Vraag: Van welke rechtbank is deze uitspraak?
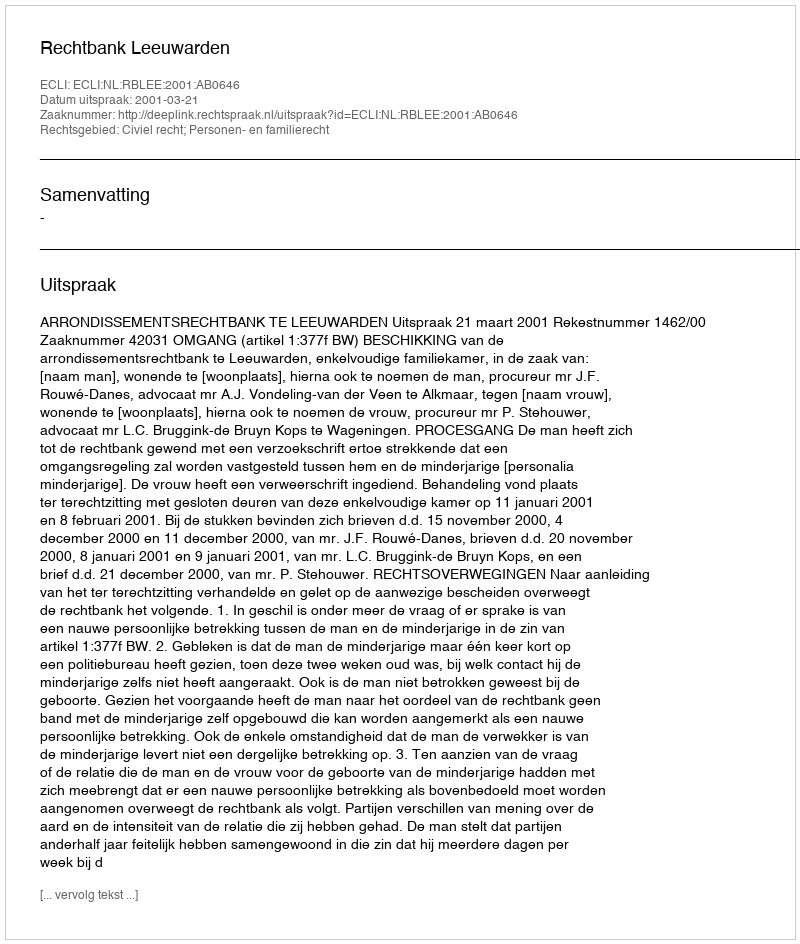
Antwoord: Rechtbank Leeuwarden